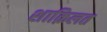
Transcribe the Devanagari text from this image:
शाक़िलत